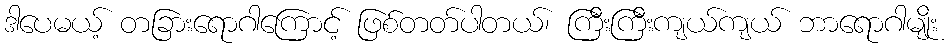
ဒါပေမယ့် တခြားရောဂါကြောင့် ဖြစ်တတ်ပါတယ်၊ ကြီးကြီးကျယ်ကျယ် ဘာရောဂါမျိုး